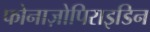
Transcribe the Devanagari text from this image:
फोनाज़ोपिराइडिन